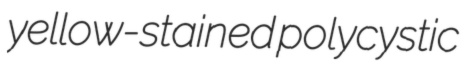
yellow-stained polycystic